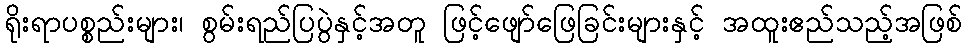
ရိုးရာပစ္စည်းများ၊ စွမ်းရည်ပြပွဲနှင့်အတူ ဖြင့်ဖျော်ဖြေခြင်းများနှင့် အထူးဧည်သည့်အဖြစ်